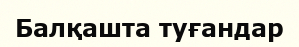
Балқашта туғандар